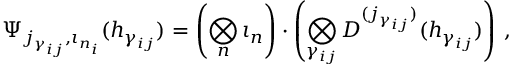
\Psi _ { j _ { \gamma _ { i j } } , \iota _ { n _ { i } } } ( h _ { \gamma _ { i j } } ) = \left( \bigotimes _ { n } \iota _ { n } \right) \cdot \left( \bigotimes _ { \gamma _ { i j } } D ^ { ( j _ { \gamma _ { i j } } ) } ( h _ { \gamma _ { i j } } ) \right) \, ,